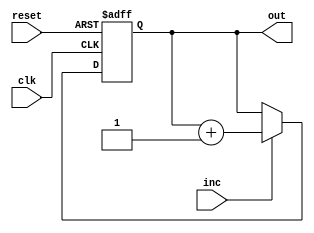
module CountB(inc, reset, clk, out);
input inc, reset, clk;
output reg [1:0] out;
always @ (posedge clk, posedge reset)
begin
    if (reset == 1)
        begin
            out = 2'b00; //put out back to 0 if reset is enabled
        end
    else
        begin
        out = (inc) ? out + 1 : out;
        end
     end   
endmodule